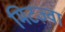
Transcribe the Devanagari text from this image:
मिटज़्वा